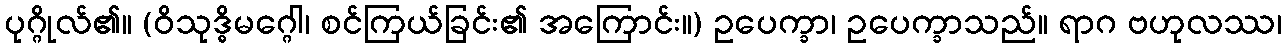
ပုဂ္ဂိုလ်၏။ (ဝိသုဒ္ဓိမဂ္ဂေါ၊ စင်ကြယ်ခြင်း၏ အကြောင်း။) ဥပေက္ခာ၊ ဥပေက္ခာသည်။ ရာဂ ဗဟုလဿ၊